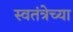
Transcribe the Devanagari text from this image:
स्वतंत्रेच्या